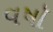
વષૉ